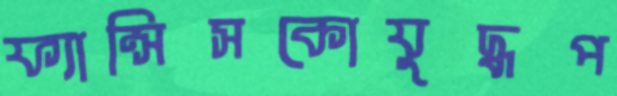
ফ্যান্সিসকোযুদ্ধপ